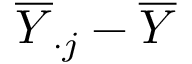
{ \overline { { Y } } } _ { \cdot j } - { \overline { { Y } } }